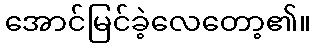
အောင်မြင်ခဲ့လေတော့၏။